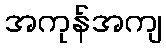
အကုန်အကျ